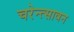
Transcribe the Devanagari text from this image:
चरेन्त्सावन